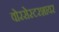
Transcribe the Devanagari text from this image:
वोरसेस्टरशायर